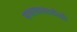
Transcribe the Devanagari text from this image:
सभावासाठीही